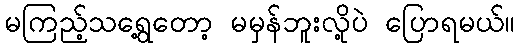
မကြည့်သရွေ့တော့ မမှန်ဘူးလို့ပဲ ပြောရမယ်။